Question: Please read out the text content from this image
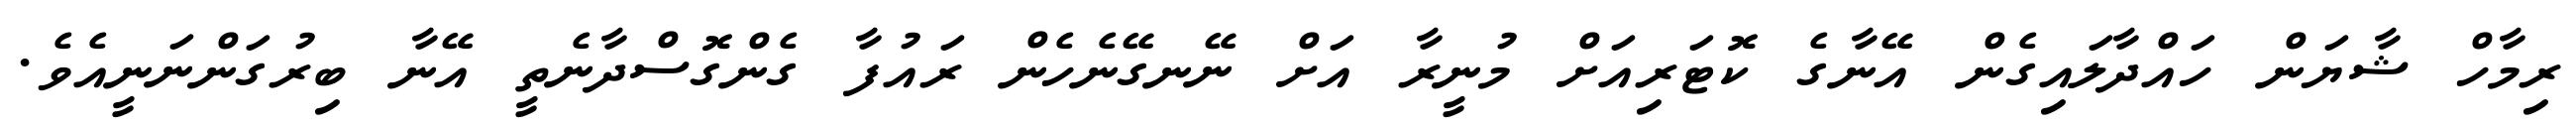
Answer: ރިމާހް ޝާޔަން ހައްދާލައިގެން އޭނާގެ ކޮޓަރިއަށް މުނީރާ އަށް ނޭނގޭނެހެން ރައުފާ ގެންގޮސްދާނެތީ އޭނާ ބިރުގަންނަނީއެވެ.